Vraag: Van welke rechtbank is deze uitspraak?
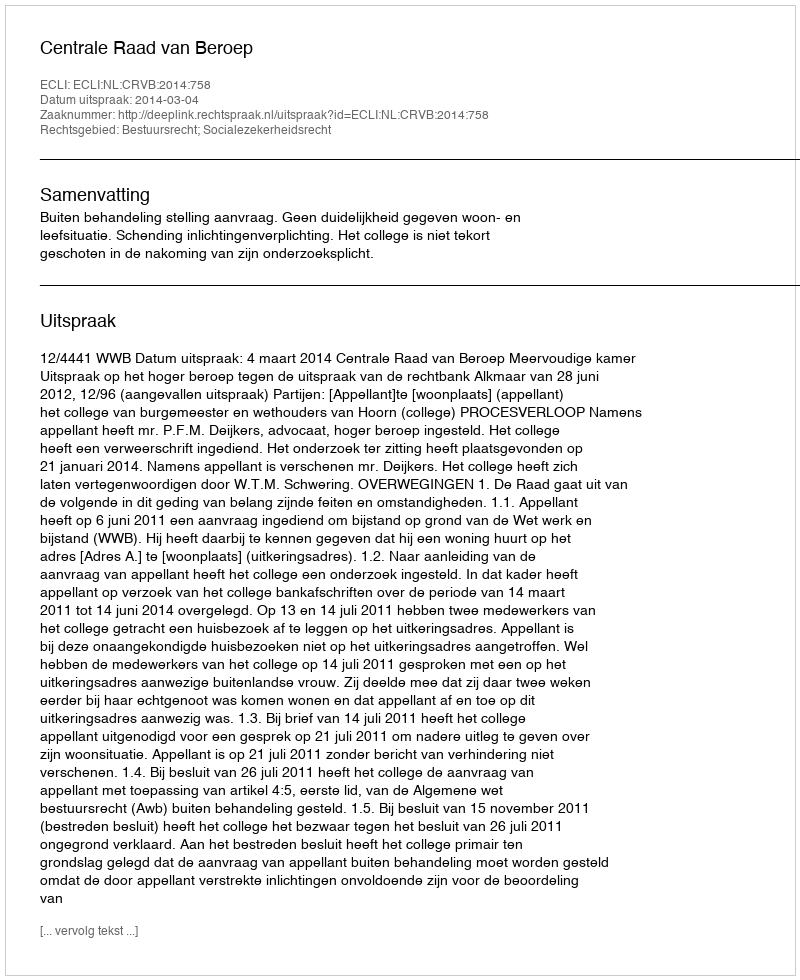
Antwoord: Centrale Raad van Beroep